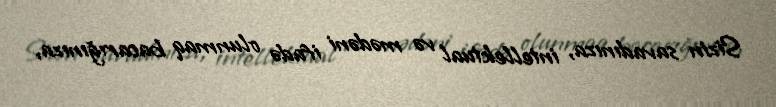
Sizin savadınıza, intellektual və mədəni ifadə olunmaq bacarığınıza,